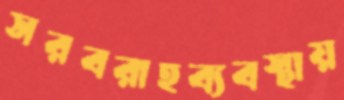
সরবরাহব্যবস্থায়